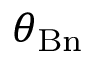
\theta _ { \mathrm { B n } }